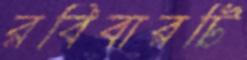
রবিবারটি